Language: tamil
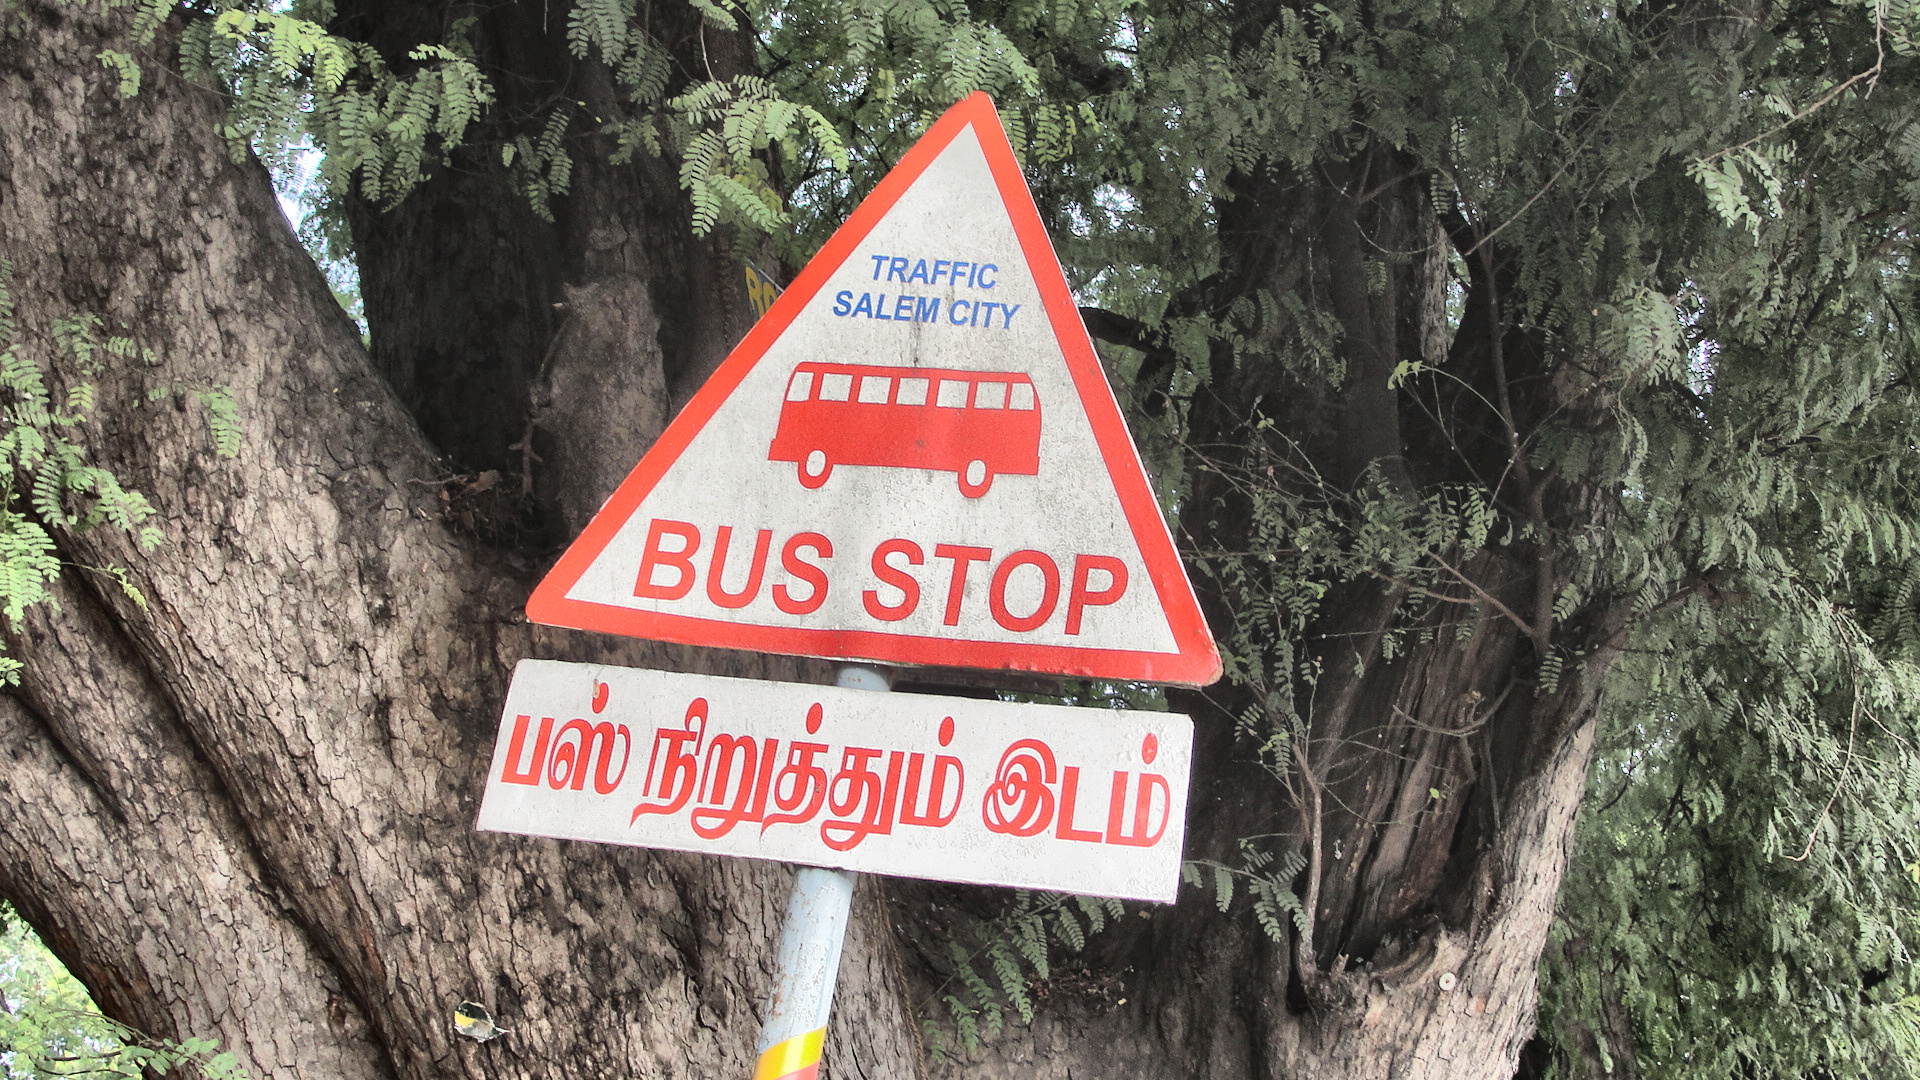
Transcription: பஸ் நிறுத்தும் இடம்